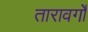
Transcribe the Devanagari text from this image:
तारावर्गो